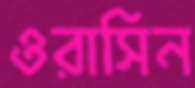
ওরাসিন